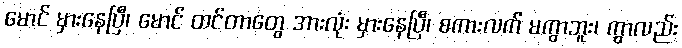
မောင် မှားနေပြီ၊ မောင် ထင်တာတွေ အားလုံး မှားနေပြီ၊ စကားလက် မကွာဘူး၊ ကွာလည်း